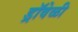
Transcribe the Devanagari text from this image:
ड्रॉवेळी